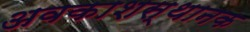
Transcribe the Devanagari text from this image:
अवकाशस्थानक